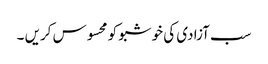
سب آزادی کی خوشبو کو محسوس کریں ۔